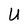
Character: U